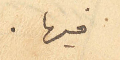
فيها.